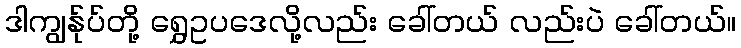
ဒါကျွန်ုပ်တို့ ရွှေဥပဒေလို့လည်း ခေါ်တယ် လည်းပဲ ခေါ်တယ်။